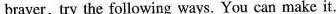
braver,try the following ways. You can make it.